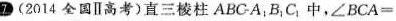
D(2014全国Ⅱ高考)直三棱柱ABC-A_{1} B_{1} C_{1}中，$$∠BCA=